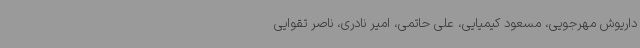
داریوش مهرجویی، مسعود کیمیایی، علی حاتمی، امیر نادری، ناصر تقوایی